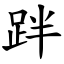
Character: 跘